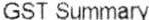
GST SUMMARY